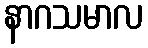
နာဂသမာလ